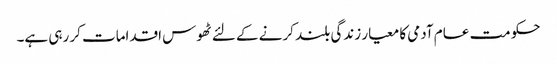
حکومت عام آدمی کا معیار زندگی بلند کرنے کے لئے ٹھوس اقدامات کر رہی ہے۔